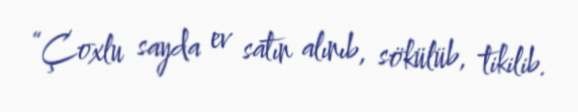
“Çoxlu sayda ev satın alınıb, sökülüb, tikilib.